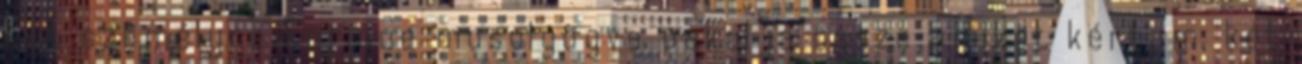
Két személyre Enrique mosolyogva pakolja össze amiket kértem, két